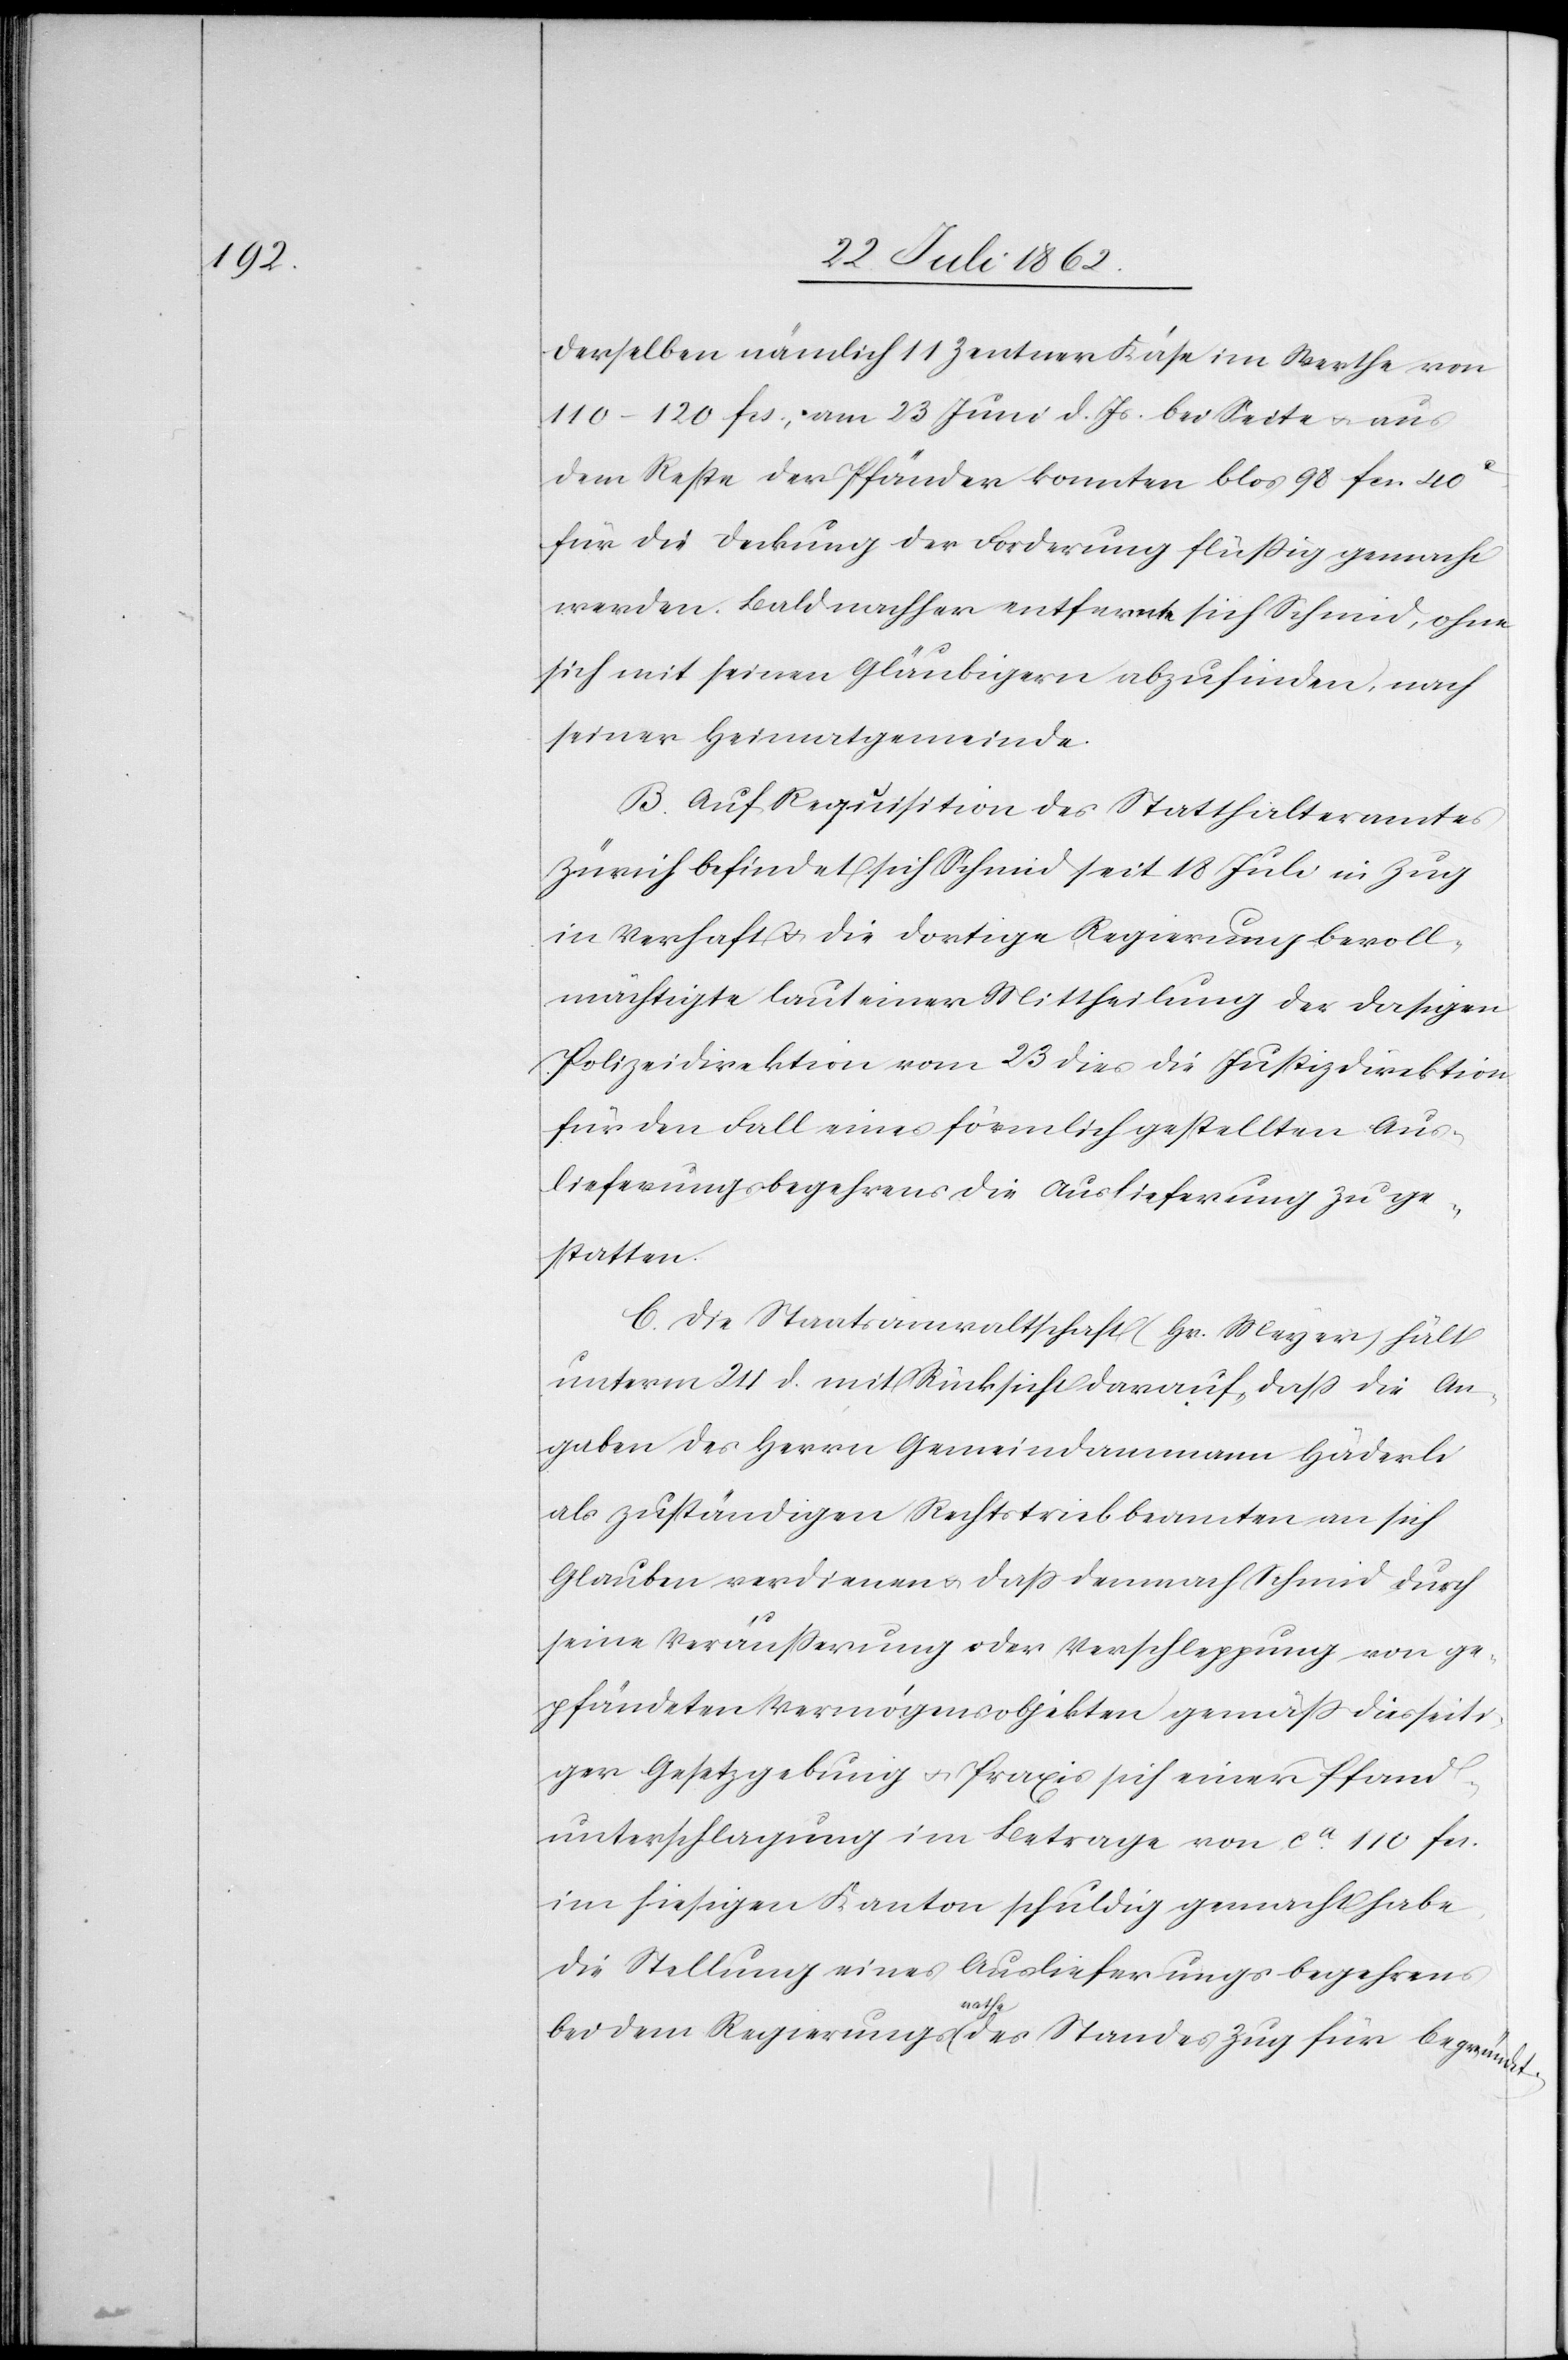
derselben nämlich 11 Zentner Käse im Werthe von
110–120 fcs., am 23. Juni d. Js. bei Seite u. aus
dem Reste der Pfänder konnten blos 98 fcs. 40c
für die Deckung der Forderung flüssig gemacht
werden. Bald nachher entfernte sich Schmid, ohne
sich mit seinen Gläubigern abzufinden, nach
seiner Heimatgemeinde.
B. Auf Requisite des Statthalteramtes
Zürich befindet sich Schmid seit 18. Juli in Zug
in Verhaft u. die dortige Regierung bevoll¬
mächtigte laut einer Mittheilung der dasigen
Polizeidirektion vom 23. dies die Justizdirektion
für den Fall eines förmlich gestellten Aus¬
lieferungsbegehrens die Auslieferung zu ge¬
statten.
C. Die Staatsanwaltschaft (Hr. Meyer) hält
unterm 24. d. mit Rücksicht darauf, daß die An¬
gaben des Herrn Gemeindammann Häderli
als zuständigen Rechtstriebbeamten an sich
Glauben verdienen u. daß demnach Schmid durch
seine Veräußerung oder Verschleppung von ge¬
pfändeten Vermögensobjekten gemäß diesseiti¬
ger Gesetzgebung u. Praxis sich einer Pfand¬
unterschlagung im Betrag von ca 110 fcs.
im hiesigen Kanton schuldig gemacht habe,
die Stellung eines Auslieferungsbegehrens
bei dem Regierungsrathe des Standes Zug für begrün¬

det.